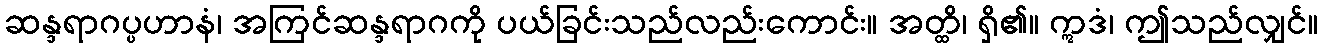
ဆန္ဒရာဂပ္ပဟာနံ၊ အကြင်ဆန္ဒရာဂကို ပယ်ခြင်းသည်လည်းကောင်း။ အတ္ထိ၊ ရှိ၏။ ဣဒံ၊ ဤသည်လျှင်။